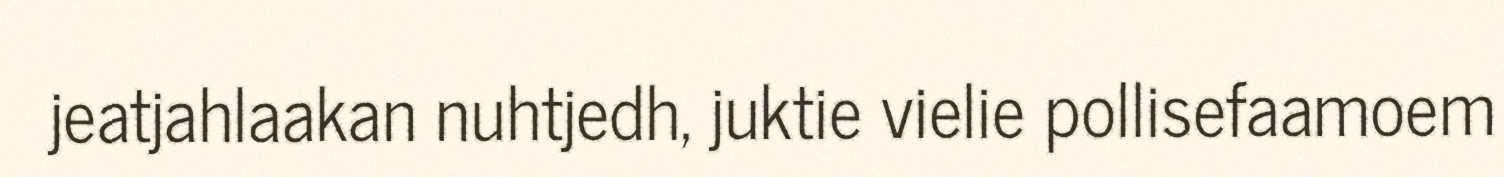
jeatjahlaakan nuhtjedh, juktie vielie pollisefaamoem